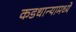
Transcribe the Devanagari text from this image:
कडधान्यामध्ये